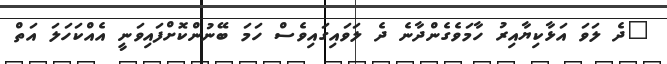
"ދެ ލަަވަ އަޅާކިޔާއިރު ހާމަވެގެންދާނެ ދެ ލަވައިގައިވެސް ހަމަ ބޭނުންކޮށްފައިވަނީ އެއްކަހަލަ އަތް